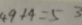
4 9 + 4 = 5 3